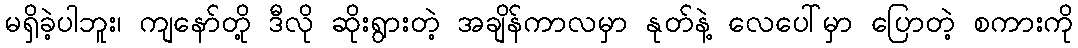
မရှိခဲ့ပါဘူး၊ ကျနော်တို့ ဒီလို ဆိုးရွားတဲ့ အချိန်ကာလမှာ နုတ်နဲ့ လေပေါ်မှာ ပြောတဲ့ စကားကို